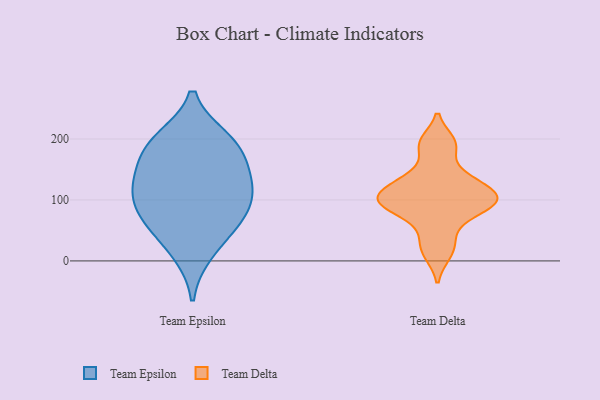
{"axis": {"x": "Backlog", "y": "Value"}, "legend": ["Team Delta", "Team Epsilon"], "data": [{"x": "", "y": 63, "type": "Team Epsilon"}, {"x": "", "y": 123, "type": "Team Epsilon"}, {"x": "", "y": 193, "type": "Team Epsilon"}, {"x": "", "y": 83, "type": "Team Epsilon"}, {"x": "", "y": 154, "type": "Team Epsilon"}, {"x": "", "y": 121, "type": "Team Epsilon"}, {"x": "", "y": 62, "type": "Team Epsilon"}, {"x": "", "y": 14, "type": "Team Epsilon"}, {"x": "", "y": 184, "type": "Team Epsilon"}, {"x": "", "y": 113, "type": "Team Epsilon"}, {"x": "", "y": 199, "type": "Team Epsilon"}, {"x": "", "y": 189, "type": "Team Delta"}, {"x": "", "y": 105, "type": "Team Delta"}, {"x": "", "y": 34, "type": "Team Delta"}, {"x": "", "y": 117, "type": "Team Delta"}, {"x": "", "y": 96, "type": "Team Delta"}, {"x": "", "y": 12, "type": "Team Delta"}, {"x": "", "y": 72, "type": "Team Delta"}, {"x": "", "y": 135, "type": "Team Delta"}, {"x": "", "y": 101, "type": "Team Delta"}, {"x": "", "y": 135, "type": "Team Delta"}, {"x": "", "y": 98, "type": "Team Delta"}, {"x": "", "y": 89, "type": "Team Delta"}, {"x": "", "y": 194, "type": "Team Delta"}]}